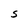
Character: S